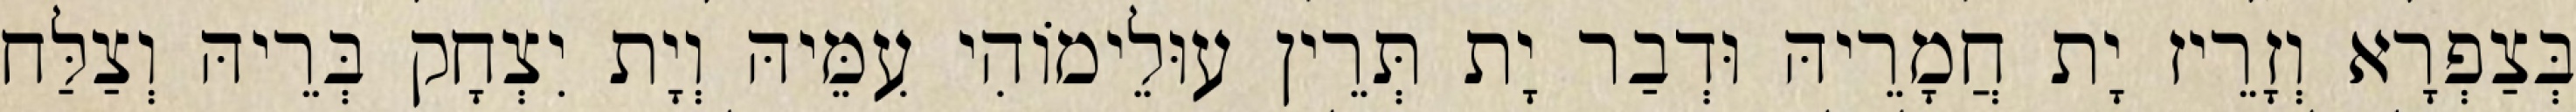
בְּצַפְרָא וְזָרֵיז יָת חֲמָרֵיהּ וּדְבַר יָת תְּרֵין עוּלֵימוֹהִי עִמֵּיהּ וְיָת יִצְחָק בְּרֵיהּ וְצַלַּח